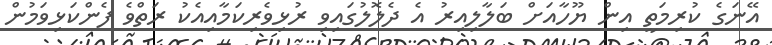
އޭނަގެ ކުރިމަތީ އިން ޔޫހާއަށް ބަލާލިއިރު އެ ދެލޮލުގައިވި ރުޅިވެރިކަމާއިއެކު ރަތްވެ ފެންކަޅިވަމުން